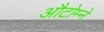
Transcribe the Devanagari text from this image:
औटोम्ने